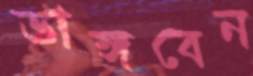
ভাঙ্গবেন